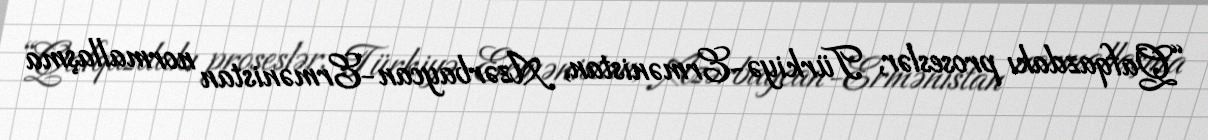
“Qafqazdakı proseslər, Türkiyə-Ermənistan, Azərbaycan-Ermənistan normallaşma